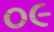
૦૯